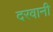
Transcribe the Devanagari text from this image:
दरवानी